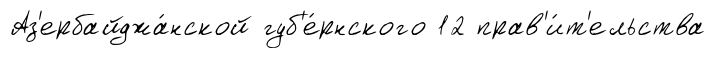
Аз'ербайджа́нской губ'е́рнского 12 прав'и́т'ельства